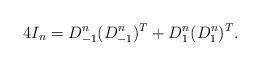
LaTeX: \begin{align*}4I_n=D_{-1}^n(D_{-1}^n)^T+D_{1}^n(D_{1}^n)^T.\end{align*}